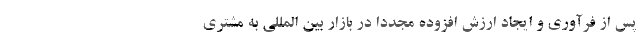
پس از فرآوری و ایجاد ارزش افزوده مجدداً در بازار بین المللی به مشتری